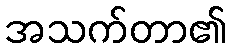
အသက်တာ၏